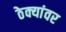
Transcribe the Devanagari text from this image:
ठेक्यांवर